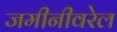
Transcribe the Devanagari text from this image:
जमीनीवरेल